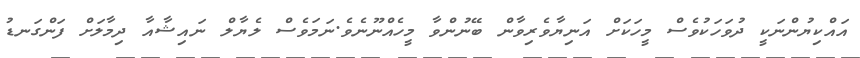
އައްކިޔުންނަކީ ދުވަހަކުވެސް މީހަކަށް އަނިޔާވެރިވާން ބޭނުންވާ މީހެއްނޫނެވެ.ނަމަވެސް ލެޔާލް ނައިޝާއާ ދިމާލަށް ފަންގަނޑު